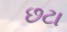
છટા